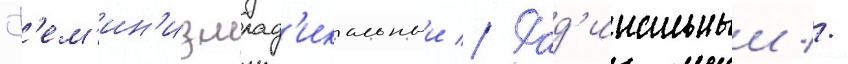
Ф'ем'ин'измрад'икальныи // Рад'икальныи //